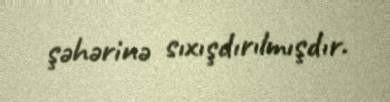
şəhərinə sıxışdırılmışdır.